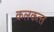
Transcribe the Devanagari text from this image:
कलकत्‍त